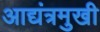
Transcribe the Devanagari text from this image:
आद्यंत्रमुखी